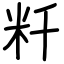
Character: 粁